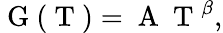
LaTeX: \mathrm{~G~}(\mathrm{~T~})=\mathrm{~A~}\mathrm{~T~}^{\beta},